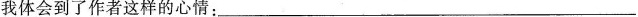
我体会到了作者这样的心情：_______